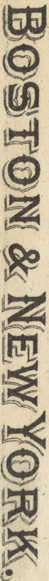
BOSTON & NEW YORK.